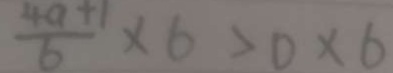
\frac { 4 a + 1 } { 6 } \times 6 > 0 \times 6